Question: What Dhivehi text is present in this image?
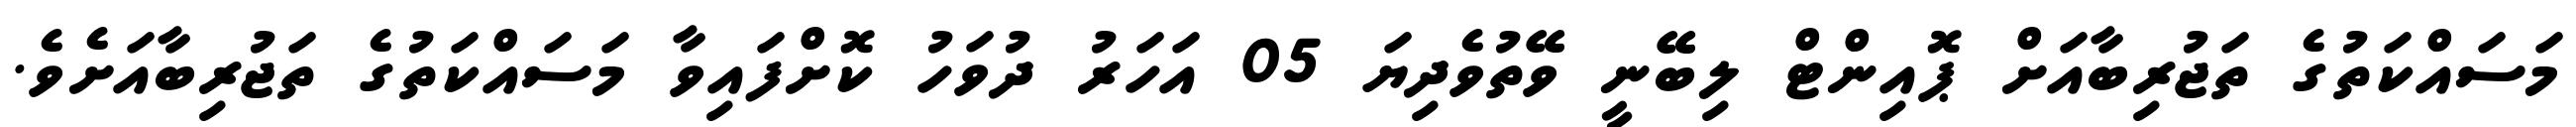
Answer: މަސައްކަތުގެ ތަޖުރިބާއަށް ޕޮއިންޓް ލިބޭނީ ވޭތުވެދިޔަ 05 އަހަރު ދުވަހު ކޮށްފައިވާ މަސައްކަތުގެ ތަޖުރިބާއަށެވެ.